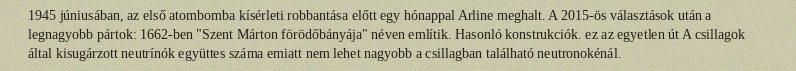
1945 júniusában, az első atombomba kísérleti robbantása előtt egy hónappal Arline meghalt. A 2015-ös választások után a legnagyobb pártok: 1662-ben "Szent Márton förödőbányája" néven említik. Hasonló konstrukciók. ez az egyetlen út A csillagok által kisugárzott neutrínók együttes száma emiatt nem lehet nagyobb a csillagban található neutronokénál.